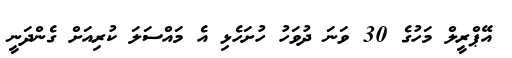
އޭޕްރީލް މަހުގެ 30 ވަނަ ދުވަހު ހުށަހެޅި އެ މައްސަލަ ކުރިއަށް ގެންދަނީ